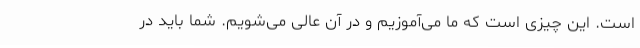
است. این چیزی است که ما می‌آموزیم و در آن عالی می‌شویم. شما باید در